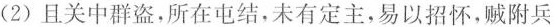
(2)且关中群盗，所在屯结，未有定主，易以招怀，贼附兵